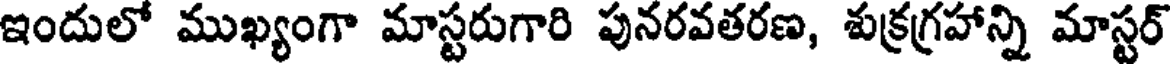
ఇందులో ముఖ్యంగా మాస్టరుగారి పునరవతరణ, శుక్రగ్రహాన్ని మాస్టర్